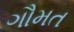
ગૌમત